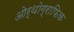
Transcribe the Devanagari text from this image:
ओर्थोग्राफिक